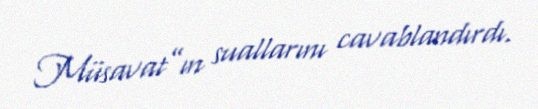
Müsavat”ın suallarını cavablandırdı.